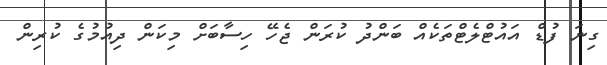
ގިނަ ފުޑް އައުޓްލެޓްތަކެއް ބަންދު ކުރަން ޖެހޭ ހިސާބަށް މިކަން ދިއުމުގެ ކުރިން